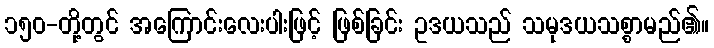
၁၅၀-တို့တွင် အကြောင်းလေးပါးဖြင့် ဖြစ်ခြင်း ဥဒယသည် သမုဒယသစ္စာမည်၏။